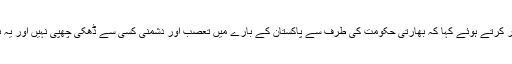
جمعرات کو ترجمان نے بھارتی وزیر اعظم کے بیان پر سخت رد عمل کا اظہار کرتے ہوئے کہا کہ بھارتی حکومت کی طرف سے پاکستان کے بارے میں تعصب اور دشمنی کسی سے ڈھکی چھپی نہیں اور یہ بیان بھارت کی طرف سے کئی دہائیوں سے چلنے والی منفی مہم کا عکاس ہے۔